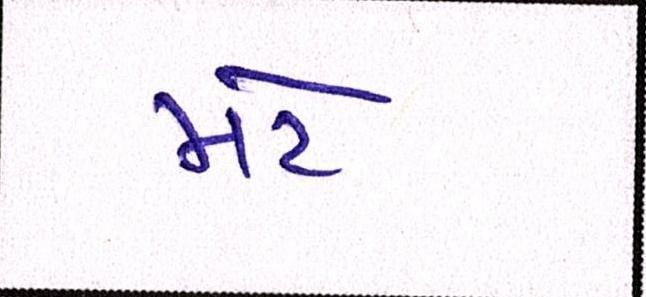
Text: મટે